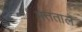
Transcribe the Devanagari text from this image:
मत्तताल